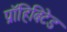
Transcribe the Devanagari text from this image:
प्रॉहिबिटेड